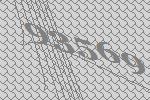
93569